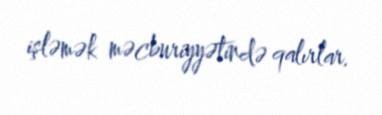
işləmək məcburiyyətində qalırlar.